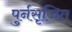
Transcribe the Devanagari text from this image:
पुर्नसृजित